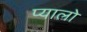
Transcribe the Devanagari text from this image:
प्यालो